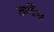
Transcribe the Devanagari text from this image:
आर्चेस